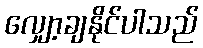
လျှော့ချနိုင်ပါသည်